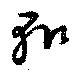
輙